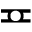
\eqcirc